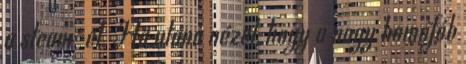
a steam-el. Ha utána nézel, hogy a nagy homofób